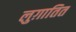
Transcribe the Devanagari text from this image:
लुग़ातित